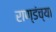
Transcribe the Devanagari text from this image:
राण्डंच्या